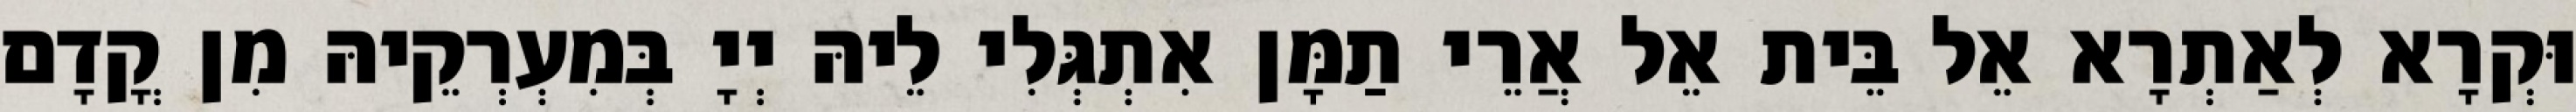
וּקְרָא לְאַתְרָא אֵל בֵּית אֵל אֲרֵי תַמָּן אִתְגְּלִי לֵיהּ יְיָ בְּמִעְרְקֵיהּ מִן קֳדָם